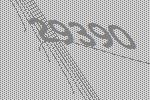
29390